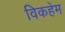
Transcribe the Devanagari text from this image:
विकहेम